Civil Veterinary Department Bihar & Orissa reports 1911-21 - 1911-1921
Year: 1911
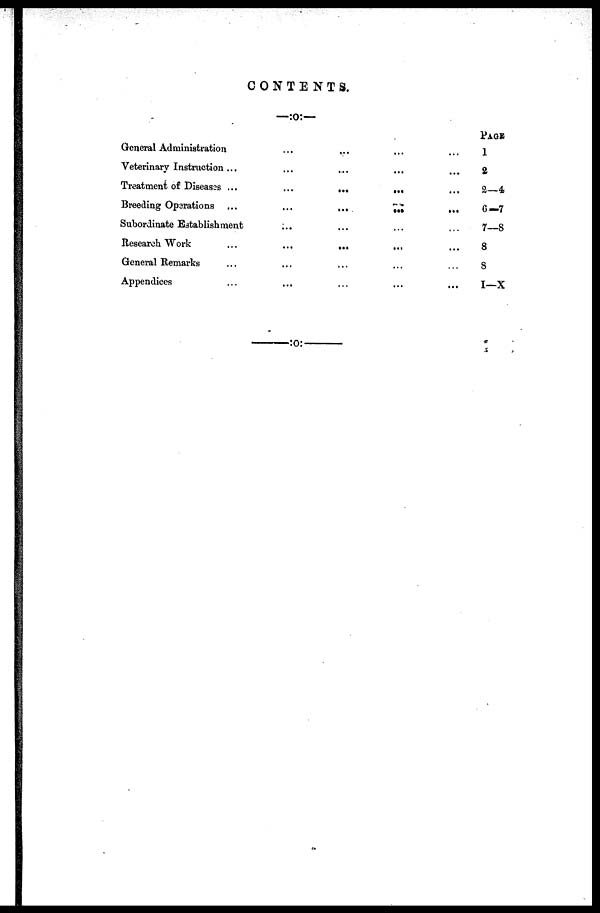
CONTENTS.
General Administration ... ... ... ...
Veterinary Instruction ... ... ... ... ... ...
Treatment of Diseases ... ... ... ... ...
Breeding Operations ...
...
...
...
...
Subordinate Establishment ... ... ... ...
Research Work
...
...
...
...
...
General Remarks ... ... ... ... ...
Appendices ... ... ... ... ...
PAGE
1
2
2—4
6—7
7—8
8
8
I-X